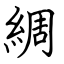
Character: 綢